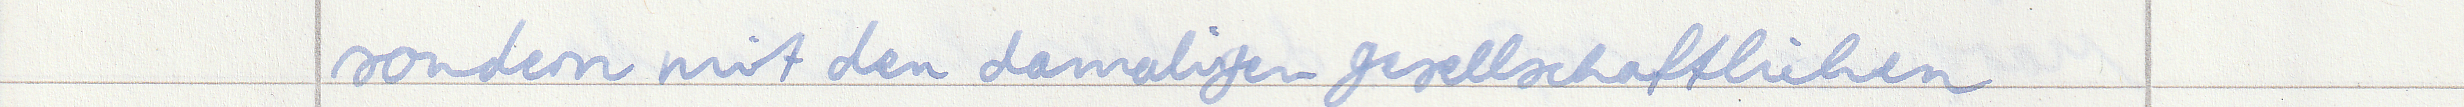
sondern mit den damaligen gesellschaftlichen